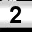
Digit: 2